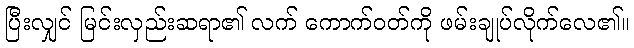
ပြီးလျှင် မြင်းလှည်းဆရာ၏ လက် ကောက်ဝတ်ကို ဖမ်းချုပ်လိုက်လေ၏။